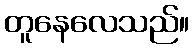
တူနေလေသည်။